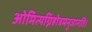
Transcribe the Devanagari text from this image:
ओमित्यग्निहोत्रमनुजानति।